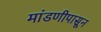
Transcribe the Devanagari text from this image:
मांडणीपासून